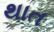
થાત